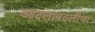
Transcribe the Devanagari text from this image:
आदलाबदलीचा